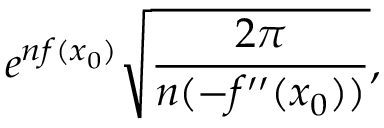
e ^ { n f ( x _ { 0 } ) } { \sqrt { \frac { 2 \pi } { n ( - f ^ { \prime \prime } ( x _ { 0 } ) ) } } } ,